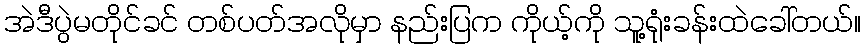
အဲဒီပွဲမတိုင်ခင် တစ်ပတ်အလိုမှာ နည်းပြက ကိုယ့်ကို သူ့ရုံးခန်းထဲခေါ်တယ်။